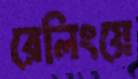
রেলিংয়ে